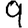
Digit: 9